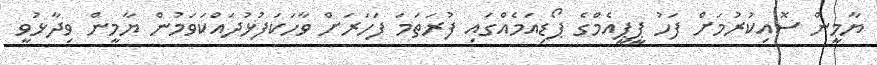
ޔާމީން ސޮއިކުރުމަށް ފަހު ޕީޕީއެމްގެ ޕޯޑިއަމެއްގައި ފުރަތަމަ ފަހަރަށް ވާހަކަފުޅުދައްކަވަމުން ޔާމީން ވިދާޅުވީ